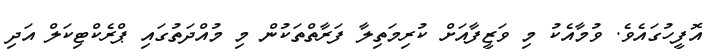
އޮފީހުގައެވެ. ވުމާއެކު މި ވަޒީފާއަށް ކުރިމަތިލާ ފަރާތްތަކުން މި މުއްދަތުގައި ޕްރެކްޓިކަލް އަދި